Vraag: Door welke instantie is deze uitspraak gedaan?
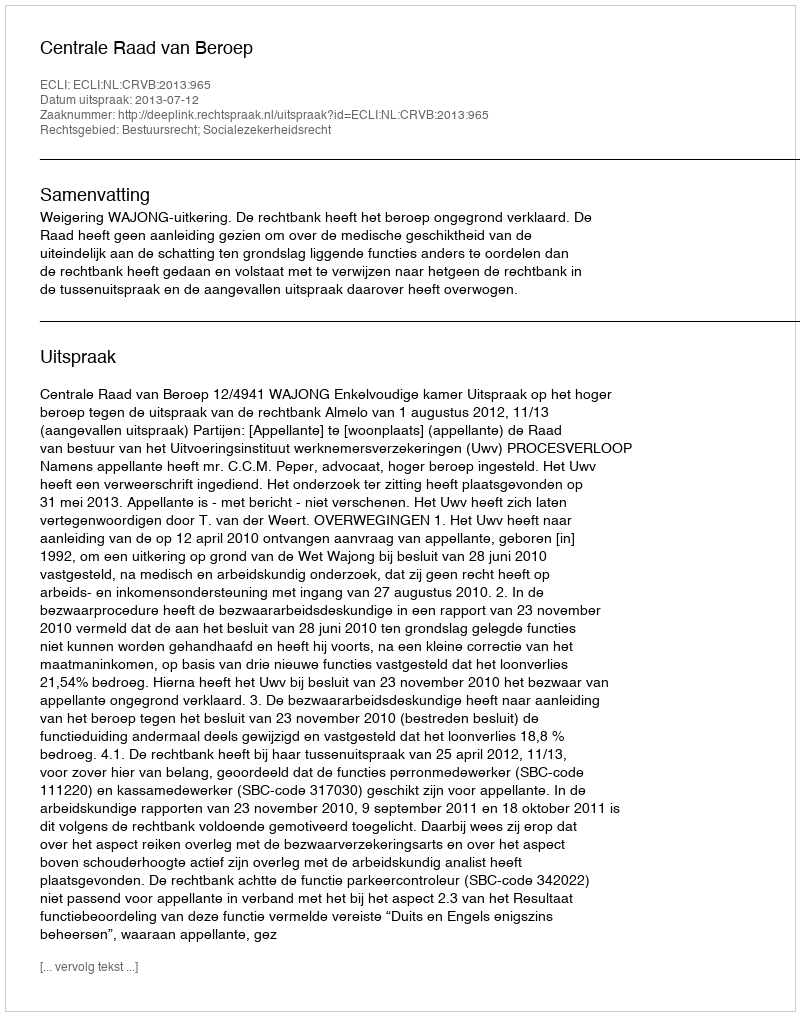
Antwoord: Centrale Raad van Beroep